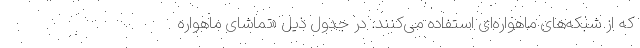
که از شبکه‌های ماهواره‌ای استفاده می‌کنند. در جدول ذیل «تماشای ماهواره